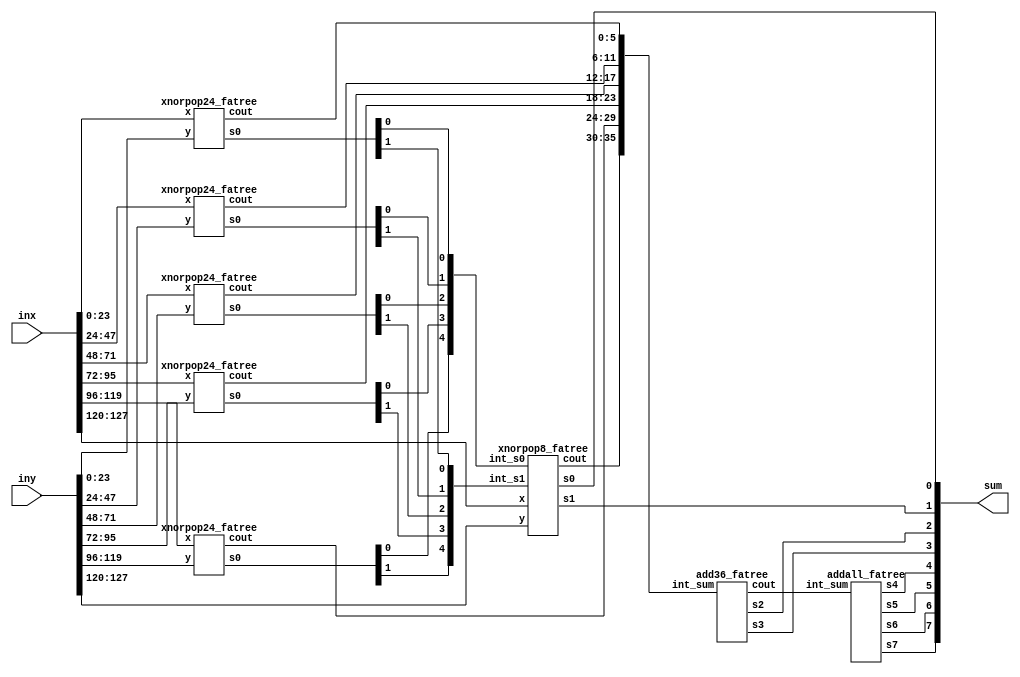
module mimic_circuit_adder_testing(inx, iny, sum);
  input [127:0]inx;
  input [127:0]iny;
  output [7:0]sum;

  wire [35:0]int_sum;
	wire [8:0]int_sum_2;
	
	wire [4:0]int_s1;
	wire [4:0]int_s0;

  genvar i;
  generate
  for (i=0; i<5; i=i+1) begin: xnorpop24
    xnorpop24_fatree xnorpop20 (
      .x(inx[i*24+:24]),
      .y(iny[i*24+:24]),
      .s0({int_s1[i], int_s0[i]}),
      .cout(int_sum[i*6+:6])
    );
  end
  endgenerate
  
  xnorpop8_fatree xnorpop8 (.x(inx[127:120]), .y(iny[127:120]), .int_s0(int_s0), .int_s1(int_s1), .s0(sum[0]), .s1(sum[1]), .cout(int_sum[35:30]));  
	add36_fatree add36 (.int_sum(int_sum), .s3(sum[3]), .s2(sum[2]), .cout(int_sum_2));
	addall_fatree addall (.int_sum(int_sum_2), .s7(sum[7]), .s6(sum[6]), .s5(sum[5]), .s4(sum[4]));
endmodule

module mimic_circuit_adder(inx, iny, sum);
  input [127:0]inx;
  input [127:0]iny;
  output [7:0]sum;

  wire [35:0]int_sum;
	wire [8:0]int_sum_2;
	
	wire [4:0]int_s1;
	wire [4:0]int_s0;

  genvar i;
  generate
  for (i=0; i<5; i=i+1) begin: xnorpop24
    xnorpop24 xnorpop20 (
      .x(inx[i*24+:24]),
      .y(iny[i*24+:24]),
      .s0({int_s1[i], int_s0[i]}),
      .cout(int_sum[i*6+:6])
    );
  end
  endgenerate
  
  xnorpop8 xnorpop8 (.x(inx[127:120]), .y(iny[127:120]), .int_s0(int_s0), .int_s1(int_s1), .s0(sum[0]), .s1(sum[1]), .cout(int_sum[35:30]));  
	add36 add36 (.int_sum(int_sum), .s3(sum[3]), .s2(sum[2]), .cout(int_sum_2));
	addall addall (.int_sum(int_sum_2), .s7(sum[7]), .s6(sum[6]), .s5(sum[5]), .s4(sum[4]));
endmodule

/*///////////////////////////////////////////////////////////////////////////
  36 bit adder
*////////////////////////////////////////////////////////////////////////////
module add36_fatree(int_sum, s3, s2, cout);

	input [35:0]int_sum;
	output s3, s2;
	output [8:0]cout;

	wire [8:0]int_co0;
	wire [8:0]int_co1;
	
	fatree_2bit fatree0_0 (.x1(int_sum[0]), .x2(int_sum[1]), .y1(int_sum[18]), .y2(int_sum[19]),
			.t(1'b1), .s0(cout[0]), .ci0(1'b0), .ci1(1'b0), .co0(int_co0[0]), .co1(int_co1[0]));
			
	fatree_2bit fatree0_1 (.x1(int_sum[2]), .x2(int_sum[3]), .y1(int_sum[20]), .y2(int_sum[21]),
			.t(1'b1), .s0(cout[1]), .ci0(int_co0[0]), .ci1(int_co1[0]), .co0(int_co0[1]), .co1(int_co1[1]));
			
	fatree_2bit fatree0_2 (.x1(int_sum[4]), .x2(int_sum[5]), .y1(int_sum[22]), .y2(int_sum[23]),
			.t(1'b1), .s0(cout[2]), .ci0(int_co0[1]), .ci1(int_co1[1]), .co0(int_co0[2]), .co1(int_co1[2]));	
			
	fatree_2bit fatree0_3 (.x1(int_sum[6]), .x2(int_sum[7]), .y1(int_sum[24]), .y2(int_sum[25]),
			.t(1'b1), .s0(cout[3]), .ci0(int_co0[2]), .ci1(int_co1[2]), .co0(int_co0[3]), .co1(int_co1[3]));
			
	fatree_2bit fatree0_4 (.x1(int_sum[8]), .x2(int_sum[9]), .y1(int_sum[26]), .y2(int_sum[27]),
			.t(1'b1), .s0(cout[4]), .ci0(int_co0[3]), .ci1(int_co1[3]), .co0(int_co0[4]), .co1(int_co1[4]));
			
	fatree_2bit fatree0_5 (.x1(int_sum[10]), .x2(int_sum[11]), .y1(int_sum[28]), .y2(int_sum[29]),
			.t(1'b1), .s0(cout[5]), .ci0(int_co0[4]), .ci1(int_co1[4]), .co0(int_co0[5]), .co1(int_co1[5]));	
			
	fatree_2bit fatree0_6 (.x1(int_sum[12]), .x2(int_sum[13]), .y1(int_sum[30]), .y2(int_sum[31]),
			.t(1'b1), .s0(cout[6]), .ci0(int_co0[5]), .ci1(int_co1[5]), .co0(int_co0[6]), .co1(int_co1[6]));	
			
	fatree_2bit fatree0_7 (.x1(int_sum[14]), .x2(int_sum[15]), .y1(int_sum[32]), .y2(int_sum[33]),
			.t(1'b1), .s0(cout[7]), .ci0(int_co0[6]), .ci1(int_co1[6]), .co0(int_co0[7]), .co1(int_co1[7]));
			
	fatree_2bit fatree0_8 (.x1(int_sum[16]), .x2(int_sum[17]), .y1(int_sum[34]), .y2(int_sum[35]),
			.t(1'b1), .s0(cout[8]), .ci0(int_co0[7]), .ci1(int_co1[7]), .co0(int_co0[8]), .co1(int_co1[8]));

	assign s2 = int_co0[8];
	assign s3 = int_co1[8];
			
endmodule

module add36 (int_sum, s3, s2, cout);

	input [35:0]int_sum;
	output s3, s2;
	output [8:0]cout;

  wire [17:0]int_sum_0; 

  assign {s2, int_sum_0} = int_sum[17:0] + int_sum[35:18];
  
  assign s3 = s2;
  assign cout = {int_sum_0[16], int_sum_0[14], int_sum_0[12], int_sum_0[10], int_sum_0[8], int_sum_0[6], int_sum_0[4], int_sum_0[2], int_sum_0[0]};  

endmodule

module addall_fatree(int_sum, s7, s6, s5, s4);

	input [8:0]int_sum;
	output s7, s6, s5, s4;

	wire [1:0]int_co0;
	wire [1:0]int_co1;
	wire [1:0]int_cout;
	
	fatree_2bit fatree0_0 (.x1(int_sum[0]), .x2(int_sum[1]), .y1(int_sum[4]), .y2(int_sum[5]),
			.t(1'b1), .s0(int_cout[0]), .ci0(int_sum[8]), .ci1(1'b0), .co0(int_co0[0]), .co1(int_co1[0]));
			
	fatree_2bit fatree0_1 (.x1(int_sum[2]), .x2(int_sum[3]), .y1(int_sum[6]), .y2(int_sum[7]),
			.t(1'b1), .s0(int_cout[1]), .ci0(int_co0[0]), .ci1(int_co1[0]), .co0(s4), .co1(s5));
			
	fatree_2bit fatree1_0 (.x1(int_cout[0]), .x2(1'b0), .y1(int_cout[1]), .y2(1'b0),
			.t(1'b0), .s0(s7), .ci0(1'b0), .co0(s6));	
			
endmodule

module addall(int_sum, s7, s6, s5, s4);

	input [8:0]int_sum;
	output s7, s6, s5, s4;

  wire [3:0]int_sum_0;
  assign {s4, int_sum_0} = int_sum[3:0] + int_sum[7:4] + int_sum[8];
  assign s5 = s4;

  wire [1:0]int_sum_1;
  assign int_sum_1 = {int_sum_0[2], int_sum_0[0]};

  wire [1:0]int_sum_2;
  assign {s6 ,int_sum_2} = int_sum_1[0] + int_sum_1[1];

  assign s7 = int_sum_2[0];

endmodule

/*///////////////////////////////////////////////////////////////////////////
  8 XNOR-pop mimic function for a LAB
*////////////////////////////////////////////////////////////////////////////
module xnorpop8_fatree(x, y, int_s1, int_s0, s1, s0, cout);
	input [7:0]x;
	input [7:0]y;
	input [4:0]int_s0;
	input [4:0]int_s1;
	output s1;
	output s0;
	output [5:0]cout;

	wire [7:0]xnor_out;
	wire [12:0]sum_in_0;
	wire [2:0]sum_out_0;
	
	// XNOR and first two levels of adder
	assign xnor_out = x ~^ y;
	assign sum_in_0 = {int_s0, xnor_out[7:0]};
	
	// Calculation of final s0
	wire [2:0]int_co0_0;
  wire [2:0]int_co1_0; 
	
	fatree_2bit fatree0_0 (.x1(sum_in_0[0]), .x2(sum_in_0[1]), .y1(sum_in_0[6]), .y2(sum_in_0[7]),
			.t(1'b1), .s0(sum_out_0[0]), .ci0(sum_in_0[12]), .ci1(1'b0), .co0(int_co0_0[0]), .co1(int_co1_0[0]));
  
	fatree_2bit fatree0_1 (.x1(sum_in_0[2]), .x2(sum_in_0[3]), .y1(sum_in_0[8]), .y2(sum_in_0[9]),
			.t(1'b1), .s0(sum_out_0[1]), .ci0(int_co0_0[0]), .ci1(int_co1_0[0]), .co0(int_co0_0[1]), .co1(int_co1_0[1]));
			
	fatree_2bit fatree0_2 (.x1(sum_in_0[4]), .x2(sum_in_0[5]), .y1(sum_in_0[10]), .y2(sum_in_0[11]),
			.t(1'b1), .s0(sum_out_0[2]), .ci0(int_co0_0[1]), .ci1(int_co1_0[1]), .co0(int_co0_0[2]), .co1(int_co1_0[2]));
	
	assign s0 = int_co0_0[2];
	
	// Calculation of final s1
	wire [5:0]sum_in_s1;
	wire [2:0]sum_out_s1;
	wire [1:0]int_co0_s1;
	wire [1:0]int_co1_s1;

	assign sum_in_s1 = {int_s1, int_co1_0[2]};
		
	fatree_2bit fatree1_0 (.x1(sum_in_s1[0]), .x2(sum_in_s1[1]), .y1(sum_in_s1[3]), .y2(sum_in_s1[4]),
			.t(1'b0), .s0(sum_out_s1[0]), .s1(sum_out_s1[1]), .ci0(1'b0), .co0(int_co0_s1[0]));
			
	fatree_2bit fatree1_1 (.x1(sum_in_s1[2]), .x2(1'b0), .y1(sum_in_s1[5]), .y2(1'b0),
			.t(1'b0), .s0(sum_out_s1[2]), .ci0(int_co0_s1[0]), .co0(int_co0_s1[1]));
			
	assign s1 = int_co0_s1[1];		
			
	assign cout = {sum_out_s1, sum_out_0};
			
endmodule

module xnorpop8(x, y, int_s1, int_s0, s1, s0, cout);
	input [7:0]x;
	input [7:0]y;
	input [4:0]int_s0;
	input [4:0]int_s1;
	output s1;
	output s0;
	output [5:0]cout;

	wire [7:0]xnor_out;
	wire [12:0]sum_in_0;
	wire [5:0]sum_out_0;
	
	// XNOR and first two levels of adder
	assign xnor_out = x ~^ y;
	assign sum_in_0 = {int_s0, xnor_out[7:0]};
	
	// Calculation of final s0
	assign {s0, sum_out_0[5:0]} = sum_in_0[11:6] + sum_in_0[5:0] + sum_in_0[12];

	// Calculation of final s1
  wire [5:0]sum_in_s1;
  wire [3:0]sum_out_s1;

  assign sum_in_s1 = {int_s1, s0};
	assign {s1, sum_out_s1} = {1'b0,sum_in_s1[2:0]} + {1'b0,sum_in_s1[5:3]};

  assign cout = {sum_out_s1[2:0], sum_out_0[4], sum_out_0[2],sum_out_0[0]};
	
endmodule


/*///////////////////////////////////////////////////////////////////////////
  24 XNOR-pop mimic function for a LAB
*////////////////////////////////////////////////////////////////////////////
module xnorpop24_fatree(x, y, s0, cout);
  input [23:0]x;
  input [23:0]y;
  output [1:0]s0;
  output [5:0]cout;

  wire [23:0]xnor_out;
  wire [5:0]sum_out;

  // XNOR and first adder tree level
  // Should fit into 5 ALMs
  assign xnor_out = x ~^ y;
 
  wire [5:0]int_co0;
  wire [5:0]int_co1; 
	
  fatree_2bit fatree0_0 (.x1(xnor_out[0]), .x2(xnor_out[1]), .y1(xnor_out[12]), .y2(xnor_out[13]),
       .t(1'b1), .s0(sum_out[0]), .ci0(1'b0), .ci1(1'b0), .co0(int_co0[0]), .co1(int_co1[0]));
  
	fatree_2bit fatree0_1 (.x1(xnor_out[2]), .x2(xnor_out[3]), .y1(xnor_out[14]), .y2(xnor_out[15]),
       .t(1'b1), .s0(sum_out[1]), .ci0(int_co0[0]), .ci1(int_co1[0]), .co0(int_co0[1]), .co1(int_co1[1]));
  
	fatree_2bit fatree0_2 (.x1(xnor_out[4]), .x2(xnor_out[5]), .y1(xnor_out[16]), .y2(xnor_out[17]),
       .t(1'b1), .s0(sum_out[2]), .ci0(int_co0[1]), .ci1(int_co1[1]), .co0(int_co0[2]), .co1(int_co1[2]));
  
	fatree_2bit fatree0_3 (.x1(xnor_out[6]), .x2(xnor_out[7]), .y1(xnor_out[18]), .y2(xnor_out[19]),
       .t(1'b1), .s0(sum_out[3]), .ci0(int_co0[2]), .ci1(int_co1[2]), .co0(int_co0[3]), .co1(int_co1[3]));
  
	fatree_2bit fatree0_4 (.x1(xnor_out[8]), .x2(xnor_out[9]), .y1(xnor_out[20]), .y2(xnor_out[21]),
       .t(1'b1), .s0(sum_out[4]), .ci0(int_co0[3]), .ci1(int_co1[3]), .co0(int_co0[4]), .co1(int_co1[4]));
  
	fatree_2bit fatree0_5 (.x1(xnor_out[10]), .x2(xnor_out[11]), .y1(xnor_out[22]), .y2(xnor_out[23]),
       .t(1'b1), .s0(sum_out[5]), .ci0(int_co0[4]), .ci1(int_co1[4]), .co0(int_co0[5]), .co1(int_co1[5]));	
	
	
	assign s0 = {int_co1[5], int_co0[5]};
	assign cout = sum_out;
  

endmodule

module xnorpop24(x, y, s0, cout);
  input [23:0]x;
  input [23:0]y;
  output [1:0]s0;
  output [5:0]cout;

  wire [23:0]xnor_out;
  wire [11:0]sum_out;

  wire [2:0]sum_out_2; 

  // XNOR and first adder tree level
  // Should fit into 5 ALMs
  assign xnor_out = x ~^ y;
 
  assign {s0[0], sum_out} = xnor_out[23:12] + xnor_out[11:0]; 
	assign s0[1] = s0[0];
  assign cout = {sum_out[10], sum_out[8], sum_out[6], sum_out[4], sum_out[2], sum_out[0]};

endmodule



/*///////////////////////////////////////////////////////////////////////////
  Support modules
*////////////////////////////////////////////////////////////////////////////

module fatree_2bit_mock (x1, x2, y1, y2, ci0, ci1, s0, s1, t, co0, co1);
  input x1, x2, y1, y2, ci0, ci1, t;
  output s0, s1, co0, co1;

  wire [2:0]int_s;
  wire int_c;

	// First level adder
  fa_mock fa_m0 (.x(x1), .y(y1), .ci(ci0), .s(int_s[0]), .co(int_c));
  fa_mock fa_m1 (.x(x2), .y(y2), .ci(int_c), .s(int_s[1]), .co(co0));
	
	// Second level adder
  //fa fa2 (.x(int_s[0]), .y(int_s[1]), .ci(ci1), .s(int_s[2]), .co(co1));

  assign co1 = co0; // FAKING extra output

	assign s0 = int_s[0];
	assign s1 = int_s[1];
	
endmodule

// When we do flip the full adder, co0 and co1 become the sum out
module fatree_2bit (x1, x2, y1, y2, ci0, ci1, s0, s1, t, co0, co1);
  input x1, x2, y1, y2, ci0, ci1, t;
  output s0, s1, co0, co1;

  wire [2:0]int_s;
  wire int_c;

	// First level adder
  fa fa0 (.x(x1), .y(y1), .ci(ci0), .s(int_s[0]), .co(int_c));
  fa fa1 (.x(x2), .y(y2), .ci(int_c), .s(int_s[1]), .co(co0));
	
	// Second level adder
  fa fa2 (.x(int_s[0]), .y(int_s[1]), .ci(ci1), .s(int_s[2]), .co(co1));

	assign s0 = t ? int_s[2] : int_s[0];
	assign s1 = int_s[1];
	
endmodule

module fa (x, y, ci, s, co);
  input x, y, ci;
  output s, co;

  //assign {co,s} = x + y + ci;
  assign {s,co} = x + y + ci;

endmodule

module fa_mock (x, y, ci, s, co);
  input x, y, ci;
  output s, co;

  assign {co,s} = x + y + ci;

endmodule